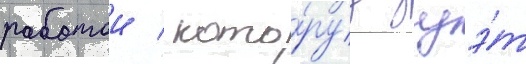
работои / кото́руу дуэ́т